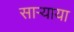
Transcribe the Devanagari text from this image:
साऱ्याया